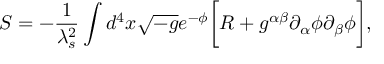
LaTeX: S = - \frac { 1 } { \lambda _ { s } ^ { 2 } } \int d ^ { 4 } x \sqrt { - g } e ^ { - \phi } \biggl [ R + g ^ { \alpha \beta } \partial _ { \alpha } \phi \partial _ { \beta } \phi \biggr ] ,